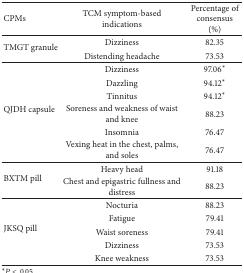
| CPMs | TCM symptom-based indications | Percentage of consensus (%) |
 | --- | --- | --- |
 | <ROWSPAN=2> TMGT granule | Dizziness | 82.35 |
 | Distending headache | 73.53 |
 | <ROWSPAN=6> QJDH capsule | Dizziness | 97.06* |
 | Dazzling | 94.12* |
 | Tinnitus | 94.12* |
 | Soreness and weakness of waist and knee | 88.23 |
 | Insomnia | 76.47 |
 | Vexing heat in the chest, palms, and soles | 76.47 |
 | <ROWSPAN=2> BXTM pill | Heavy head | 91.18 |
 | Chest and epigastric fullness and distress | 88.23 |
 | <ROWSPAN=5> JKSQ pill | Nocturia | 88.23 |
 | Fatigue | 79.41 |
 | Waist soreness | 79.41 |
 | Dizziness | 73.53 |
 | Knee weakness | 73.53 |